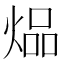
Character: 煰